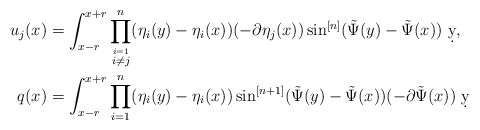
\begin{align*}u_j(x) &= \int_{x-r}^{x+r} \prod_{\stackrel{i=1}{i\neq j}}^n(\eta_i(y)-\eta_i(x))(-\partial \eta_j(x))\sin^{[n]}(\tilde \Psi(y)-\tilde\Psi(x))\ \d y,\\q(x) &= \int_{x-r}^{x+r} \prod_{i=1}^n(\eta_i(y)-\eta_i(x))\sin^{[n+1]}(\tilde \Psi(y)-\tilde \Psi(x))(-\partial \tilde \Psi(x)) \ \d y\end{align*}